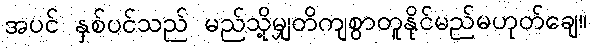
အပင် နှစ်ပင်သည် မည်သို့မျှတိကျစွာတူနိုင်မည်မဟုတ်ချေ။